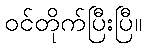
ဝင်တိုက်ပြီးပြီ။